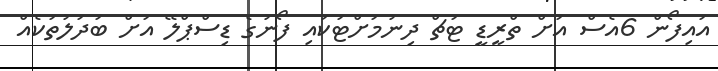
އައިފޯން 6އެސް އަށް ތްރީޑީ ޓަޗް ދިނުމަށްޓަކައި ފޯނުގެ ޑިސްޕްލޭ އަށް ބަދަލުތަކެއް